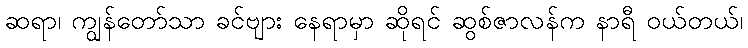
ဆရာ၊ ကျွန်တော်သာ ခင်ဗျား နေရာမှာ ဆိုရင် ဆွစ်ဇာလန်က နာရီ ဝယ်တယ်၊